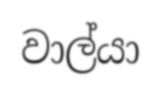
වාල්යා